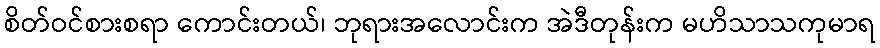
စိတ်ဝင်စားစရာ ကောင်းတယ်၊ ဘုရားအလောင်းက အဲဒီတုန်းက မဟိသာသကုမာရ